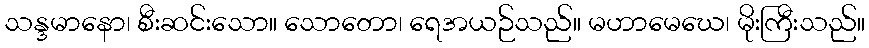
သန္ဒမာနော၊ စီးဆင်းသော။ သောတော၊ ရေအယဉ်သည်။ မဟာမေဃေ၊ မိုးကြီးသည်။